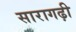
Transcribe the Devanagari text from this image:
सारागढ़ी